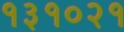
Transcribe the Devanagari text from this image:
१३१०२१